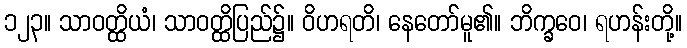
၁၂၃။ သာဝတ္ထိယံ၊ သာဝတ္ထိပြည်၌။ ဝိဟရတိ၊ နေတော်မူ၏။ ဘိက္ခဝေ၊ ရဟန်းတို့။